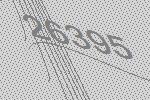
26395